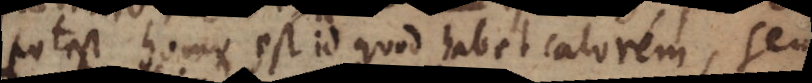
potest homo est id quod habet calorem, seu